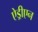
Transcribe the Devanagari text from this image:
ऐड्रीएन